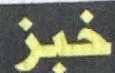
خبز